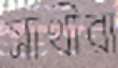
সাথীরা